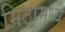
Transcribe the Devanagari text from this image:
मिठामध्ये